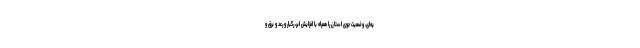
یه‌ای، وضعیت جوی استان را همراه با افزایش ابر، رگبار و رعد و برق و